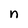
Character: n